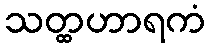
သတ္ထဟာရကံ